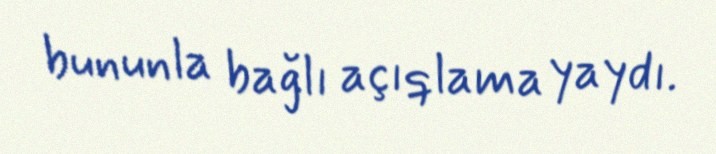
bununla bağlı açıqlama yaydı.